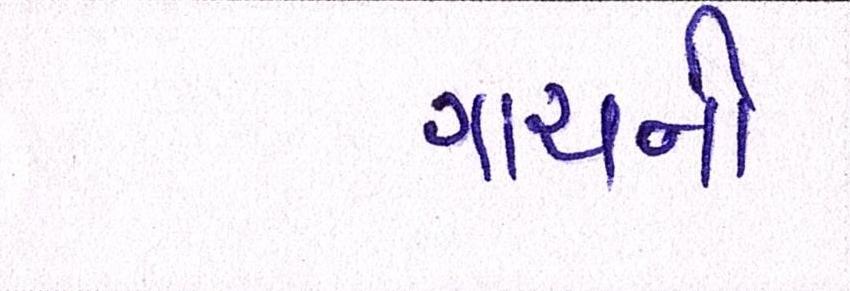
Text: ગાયની